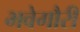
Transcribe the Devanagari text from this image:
भवेगौरी